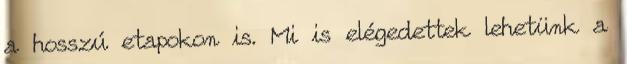
a hosszú etapokon is. Mi is elégedettek lehetünk a